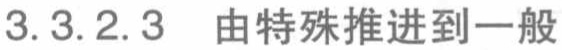
3.3.2.3 由特殊推进到一般